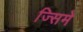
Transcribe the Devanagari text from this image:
ज्सिमे